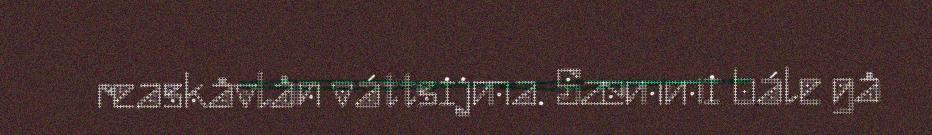
reaskåvlån váttsijma. Sæmmi bále gå